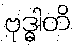
ဗုဒ္ဓါတိ